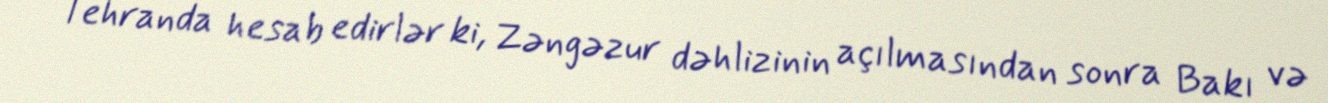
Tehranda hesab edirlər ki, Zəngəzur dəhlizinin açılmasından sonra Bakı və